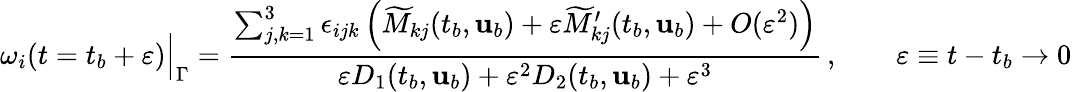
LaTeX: \omega_{i}(t=t_{b}+\varepsilon)\Big\vert_{\Gamma}=\frac{\sum_{j,k=1}^{3}\epsilon_{ijk}\left(\widetilde{M}_{kj}(t_{b},{\mathbf{u}}_{b})+\varepsilon\widetilde{M}_{kj}^{\prime}(t_{b},{\mathbf{u}}_{b})+O(\varepsilon^{2})\right)}{\varepsilon D_{1}(t_{b},{\mathbf{u}}_{b})+\varepsilon^{2}D_{2}(t_{b},{\mathbf{u}}_{b})+\varepsilon^{3}}\, ,\qquad\varepsilon\equiv t-t_{b}\to 0